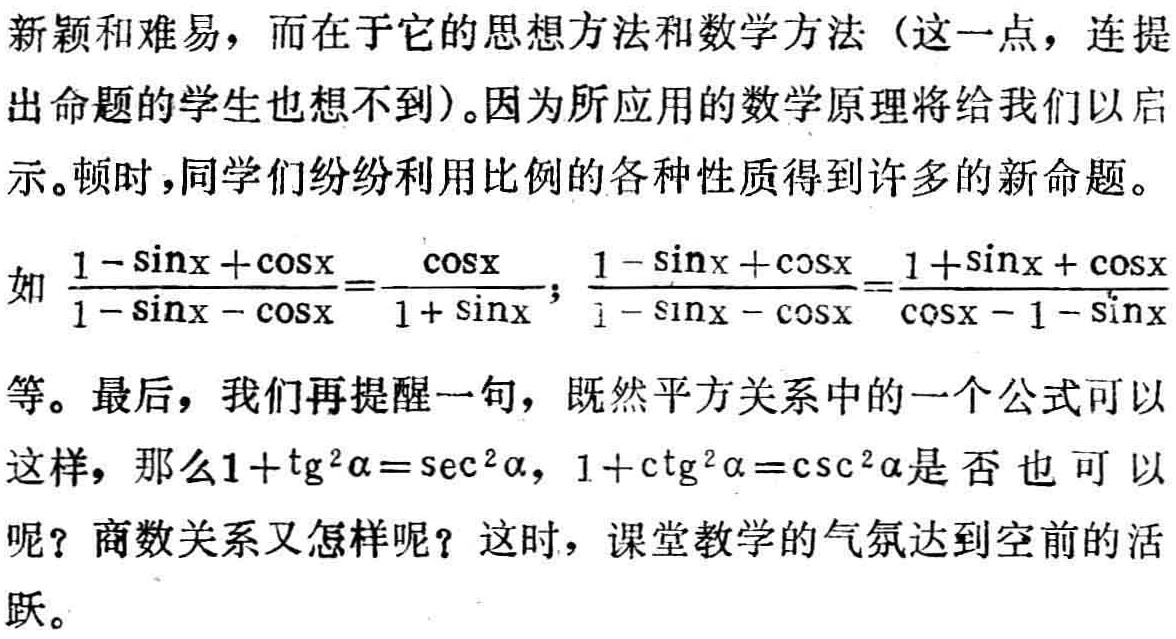
新颖和难易，而在于它的思想方法和数学方法（这一点，连提出命题的学生也想不到）。因为所应用的数学原理将给我们以启示。顿时，同学们纷纷利用比例的各种性质得到许多的新命题。
如$\frac{1 - \sin x + \cos x}{1 - \sin x - \cos x}=\frac{\cos x}{1 + \sin x}$；$\frac{1 - \sin x + \cos x}{1 - \sin x - \cos x}=\frac{1 + \sin x + \cos x}{\cos x - 1 - \sin x}$等。最后，我们再提醒一句，既然平方关系中的一个公式可以这样，那么$1+\mathrm{tg}^{2}\alpha=\sec^{2}\alpha$，$1+\mathrm{ctg}^{2}\alpha=\csc^{2}\alpha$是否也可以呢？商数关系又怎样呢？这时，课堂教学的气氛达到空前的活跃。